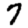
Digit: 7